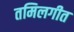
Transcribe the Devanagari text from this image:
तमिलगीत